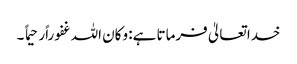
خدا تعالیٰ فرماتا ہے: وکان اللہ غفوراًرحیما ً ۔